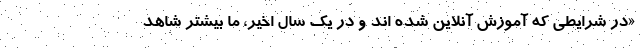
«در شرایطی که آموزش آنلاین شده اند و در یک سال اخیر، ما بیشتر شاهد